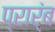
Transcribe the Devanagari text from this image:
प्रार्ंब